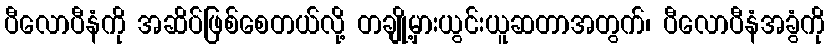
ပီလောပီနံကို အဆိပ်ဖြစ်စေတယ်လို့ တချို့မှားယွင်းယူဆတာအတွက်၊ ပီလောပီနံအခွံကို